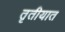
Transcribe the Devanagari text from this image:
तृतीयात